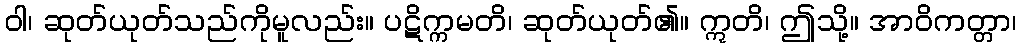
ဝါ၊ ဆုတ်ယုတ်သည်ကိုမူလည်း။ ပဋိက္ကမတိ၊ ဆုတ်ယုတ်၏။ ဣတိ၊ ဤသို့။ အာဝိကတ္တာ၊